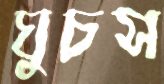
ঘুচস